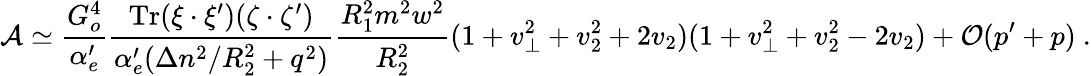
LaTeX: {\cal A}\simeq\frac{G_{o}^{4}}{\alpha_{e}^{\prime}}\frac{\mathrm{Tr}(\xi\cdot\xi^{\prime})(\zeta\cdot\zeta^{\prime})}{\alpha_{e}^{\prime}(\Delta n^{2}/R_{2}^{2}+q^{2})}\frac{R_{1}^{2}m^{2}w^{2}}{R_{2}^{2}}(1+v_{\perp}^{2}+v_{2}^{2}+2v_{2})(1+v_{\perp}^{2}+v_{2}^{2}-2v_{2})+{\cal O}(p^{\prime}+p)~.